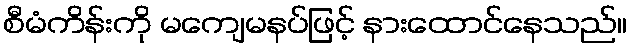
စီမံကိန်းကို မကျေမနပ်ဖြင့် နားထောင်နေသည်။